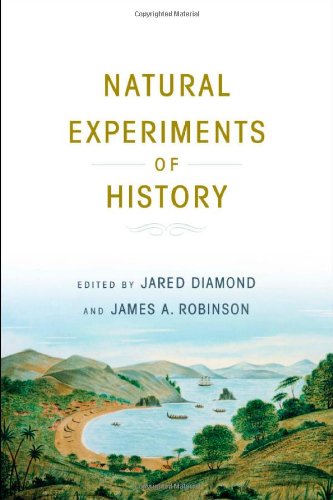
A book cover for Natural Experiments of History; Business & Money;